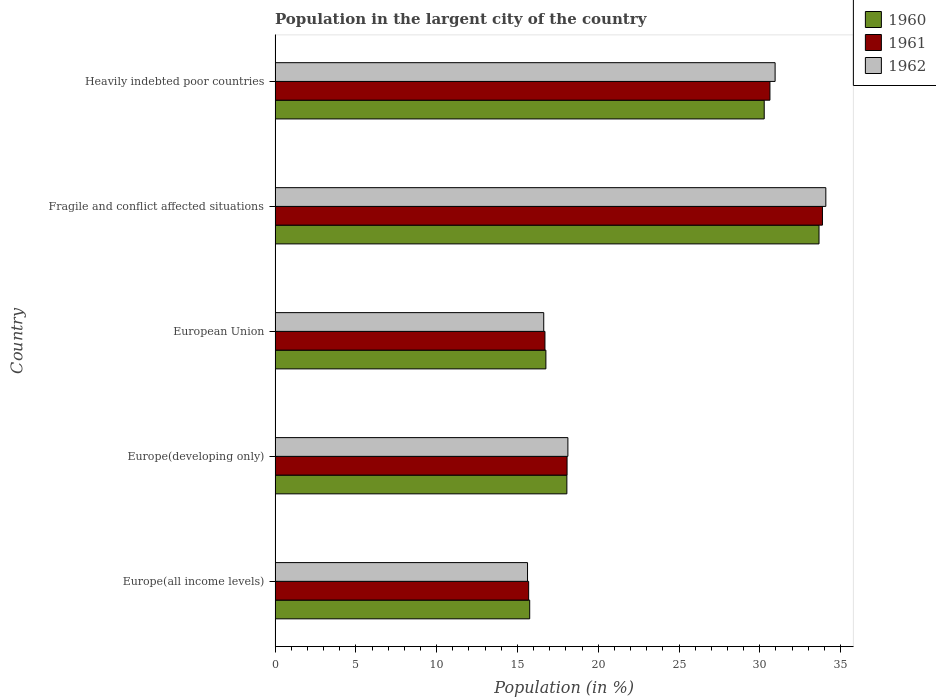
| Country | 1960 | 1961 | 1962 |
 | --- | --- | --- | --- |
 | Europe(all income levels) | 15.8 | 15.7 | 15.6 |
 | Europe(developing only) | 18.1 | 18.1 | 18.1 |
 | European Union | 16.8 | 16.7 | 16.6 |
 | Fragile and conflict affected situations | 33.7 | 33.9 | 34.1 |
 | Heavily indebted poor countries | 30.3 | 30.6 | 30.9 |